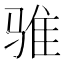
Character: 骓